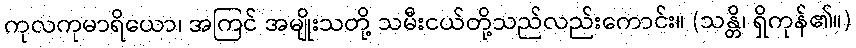
ကုလကုမာရိယော၊ အကြင် အမျိုးသတို့ သမီးငယ်တို့သည်လည်းကောင်း။ (သန္တိ၊ ရှိကုန်၏။)